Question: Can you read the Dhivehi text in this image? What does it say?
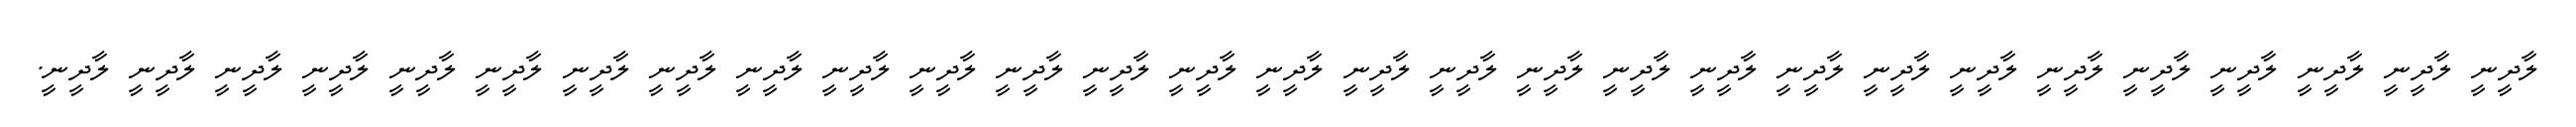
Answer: ލާދީނީ ލާދީނީ ލާދީނީ ލާދީނީ ލާދީނީ ލާދީނީ ލާދީނީ ލާދީނީ ލާދީނީ ލާދީނީ ލާދީނީ ލާދީނީ ލާދީނީ ލާދީނީ ލާދީނީ ލާދީނީ ލާދީނީ ލާދީނީ ލާދީނީ ލާދީނީ ލާދީނީ ލާދީނީ ލާދީނީ ލާދީނީ ލާދީނީ ލާދީނީ ލާދީނީ ލާދީނީ ލާދީނީ.